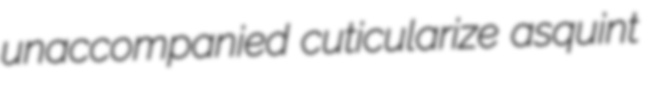
unaccompanied cuticularize asquint